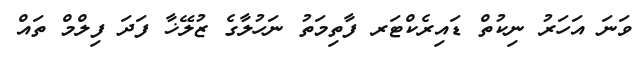
ވަނަ އަހަރު ނިކުތް ޑައިރެކްޓަރ ފާތިމަތު ނަހުލާގެ ޒުލޭޚާ ފަދަ ފިލްމް ތައް